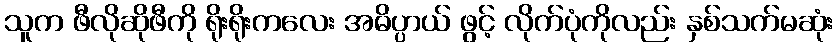
သူက ဖီလိုဆိုဖီကို ရိုးရိုးကလေး အဓိပ္ပာယ် ဖွင့် လိုက်ပုံကိုလည်း နှစ်သက်မဆုံး